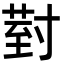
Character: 𭔹